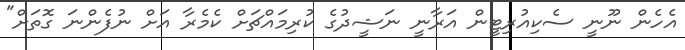
އެހެން ނޫނީ ސެކިއުރިޓީން އަރާނީ ނަޝީދުގެ ކުރިމައްޗަށް ކެމެރާ އަށް ނުފެންނަ ގޮތަށް"